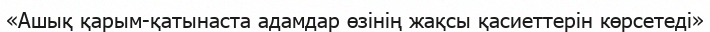
«Ашық қарым-қатынаста адамдар өзінің жақсы қасиеттерін көрсетеді»